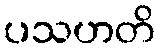
ပသဟတိ